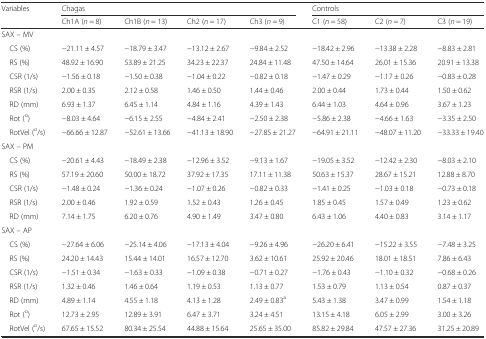
<table><thead><tr><td rowspan="2"><b>Variables</b></td><td colspan="4"><b>Chagas</b></td><td colspan="3"><b>Controls</b></td></tr><tr><td><b>Ch1A (<i>n</i> = 8)</b></td><td><b>Ch1B (<i>n</i> = 13)</b></td><td><b>Ch2 (<i>n</i> = 17)</b></td><td><b>Ch3 (<i>n</i> = 9)</b></td><td><b>C1 (<i>n</i> = 58)</b></td><td><b>C2 (<i>n</i> = 7)</b></td><td><b>C3 (<i>n</i> = 19)</b></td></tr></thead><tbody><tr><td colspan="8">SAX – MV</td></tr><tr><td> CS (%)</td><td>−21.11 ± 4.57</td><td>−18.79 ± 3.47</td><td>−13.12 ± 2.67</td><td>−9.84 ± 2.52</td><td>−18.42 ± 2.96</td><td>−13.38 ± 2.28</td><td>−8.83 ± 2.81</td></tr><tr><td> RS (%)</td><td>48.92 ± 16.90</td><td>53.89 ± 21.25</td><td>34.23 ± 22.37</td><td>24.84 ± 11.48</td><td>47.50 ± 14.64</td><td>26.01 ± 15.36</td><td>20.91 ± 13.38</td></tr><tr><td> CSR (1/s)</td><td>−1.56 ± 0.18</td><td>−1.50 ± 0.38</td><td>−1.04 ± 0.22</td><td>−0.82 ± 0.18</td><td>−1.47 ± 0.29</td><td>−1.17 ± 0.26</td><td>−0.83 ± 0.28</td></tr><tr><td> RSR (1/s)</td><td>2.00 ± 0.35</td><td>2.12 ± 0.58</td><td>1.46 ± 0.50</td><td>1.44 ± 0.46</td><td>2.00 ± 0.44</td><td>1.73 ± 0.44</td><td>1.50 ± 0.62</td></tr><tr><td> RD (mm)</td><td>6.93 ± 1.37</td><td>6.45 ± 1.14</td><td>4.84 ± 1.16</td><td>4.39 ± 1.43</td><td>6.44 ± 1.03</td><td>4.64 ± 0.96</td><td>3.67 ± 1.23</td></tr><tr><td> Rot (<sup>o</sup>)</td><td>−8.03 ± 4.64</td><td>−6.15 ± 2.55</td><td>−4.84 ± 2.41</td><td>−2.50 ± 2.38</td><td>−5.86 ± 2.38</td><td>−4.66 ± 1.63</td><td>−3.35 ± 2.50</td></tr><tr><td> RotVel (<sup>o</sup>/s)</td><td>−66.66 ± 12.87</td><td>−52.61 ± 13.66</td><td>−41.13 ± 18.90</td><td>−27.85 ± 21.27</td><td>−64.91 ± 21.11</td><td>−48.07 ± 11.20</td><td>−33.33 ± 19.40</td></tr><tr><td colspan="8">SAX – PM</td></tr><tr><td> CS (%)</td><td>−20.61 ± 4.43</td><td>−18.49 ± 2.38</td><td>−12.96 ± 3.52</td><td>−9.13 ± 1.67</td><td>−19.05 ± 3.52</td><td>−12.42 ± 2.30</td><td>−8.03 ± 2.10</td></tr><tr><td> RS (%)</td><td>57.19 ± 20.60</td><td>50.00 ± 18.72</td><td>37.92 ± 17.35</td><td>17.11 ± 11.38</td><td>50.63 ± 15.37</td><td>28.67 ± 15.21</td><td>12.88 ± 8.70</td></tr><tr><td> CSR (1/s)</td><td>−1.48 ± 0.24</td><td>−1.36 ± 0.24</td><td>−1.07 ± 0.26</td><td>−0.82 ± 0.33</td><td>−1.41 ± 0.25</td><td>−1.03 ± 0.18</td><td>−0.73 ± 0.18</td></tr><tr><td> RSR (1/s)</td><td>2.00 ± 0.46</td><td>1.92 ± 0.59</td><td>1.52 ± 0.43</td><td>1.26 ± 0.45</td><td>1.85 ± 0.45</td><td>1.57 ± 0.49</td><td>1.23 ± 0.62</td></tr><tr><td> RD (mm)</td><td>7.14 ± 1.75</td><td>6.20 ± 0.76</td><td>4.90 ± 1.49</td><td>3.47 ± 0.80</td><td>6.43 ± 1.06</td><td>4.40 ± 0.83</td><td>3.14 ± 1.17</td></tr><tr><td colspan="8">SAX – AP</td></tr><tr><td> CS (%)</td><td>−27.64 ± 6.06</td><td>−25.14 ± 4.06</td><td>−17.13 ± 4.04</td><td>−9.26 ± 4.96</td><td>−26.20 ± 6.41</td><td>−15.22 ± 3.55</td><td>−7.48 ± 3.25</td></tr><tr><td> RS (%)</td><td>24.20 ± 14.43</td><td>15.44 ± 14.01</td><td>16.57 ± 12.70</td><td>3.62 ± 10.61</td><td>25.92 ± 20.46</td><td>18.01 ± 18.51</td><td>7.86 ± 6.43</td></tr><tr><td> CSR (1/s)</td><td>−1.51 ± 0.34</td><td>−1.63 ± 0.33</td><td>−1.09 ± 0.38</td><td>−0.71 ± 0.27</td><td>−1.76 ± 0.43</td><td>−1.10 ± 0.32</td><td>−0.68 ± 0.26</td></tr><tr><td> RSR (1/s)</td><td>1.32 ± 0.46</td><td>1.46 ± 0.64</td><td>1.19 ± 0.53</td><td>1.13 ± 0.77</td><td>1.53 ± 0.79</td><td>1.13 ± 0.54</td><td>0.87 ± 0.37</td></tr><tr><td> RD (mm)</td><td>4.89 ± 1.14</td><td>4.55 ± 1.18</td><td>4.13 ± 1.28</td><td>2.49 ± 0.83<sup>a</sup></td><td>5.43 ± 1.38</td><td>3.47 ± 0.99</td><td>1.54 ± 1.18</td></tr><tr><td> Rot (<sup>o</sup>)</td><td>12.73 ± 2.95</td><td>12.89 ± 3.91</td><td>6.47 ± 3.71</td><td>3.24 ± 4.51</td><td>13.15 ± 4.18</td><td>6.05 ± 2.99</td><td>3.00 ± 3.26</td></tr><tr><td> RotVel (<sup>o</sup>/s)</td><td>67.65 ± 15.52</td><td>80.34 ± 25.54</td><td>44.88 ± 15.64</td><td>25.65 ± 35.00</td><td>85.82 ± 29.84</td><td>47.57 ± 27.36</td><td>31.25 ± 20.89</td></tr></tbody></table>